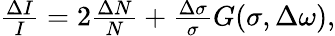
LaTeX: \begin{array}{r}{\frac{\Delta I}{I}=2\frac{\Delta N}{N}+\frac{\Delta\sigma}{\sigma}G(\sigma,\Delta\omega),}\end{array}